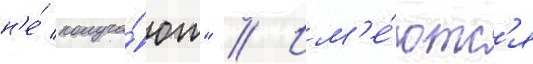
н'е́ получа́ют" // Им'е́ютс'я